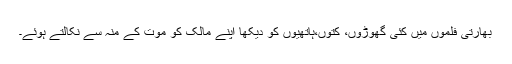
بھارتی فلموں میں کئی گھوڑوں، کتوں،ہاتھیوں کو دیکھا اپنے مالک کو موت کے منہ سے نکالتے ہوئے۔